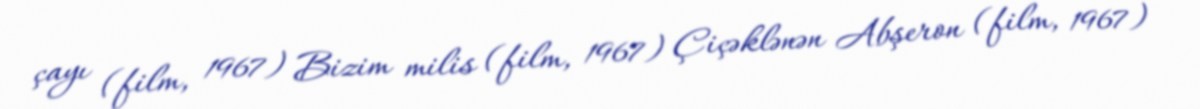
çayı (film, 1967) Bizim milis (film, 1967) Çiçəklənən Abşeron (film, 1967)